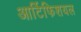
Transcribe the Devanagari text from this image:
आर्टिफिशयल